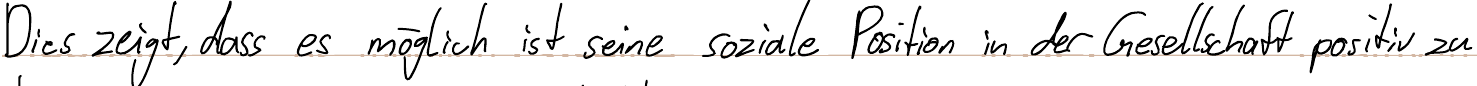
Dies zeigt, dass es möglich ist seine soziale Position in der Gesellschaft positiv zu